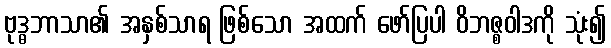
ဗုဒ္ဓဘာသာ၏ အနှစ်သာရ ဖြစ်သော အထက် ဖော်ပြပါ ဝိဘဇ္စဝါဒကို သုံး၍